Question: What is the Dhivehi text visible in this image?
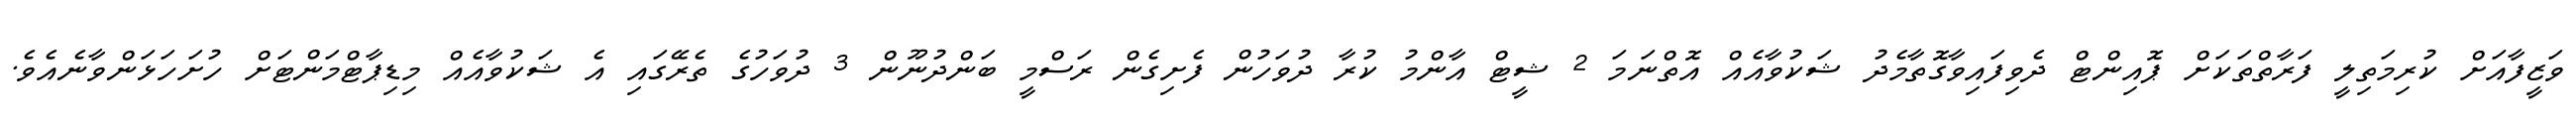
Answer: ވަޒީފާއަށް ކުރިމަތިލީ ފަރާތްތަކަށް ޕޮއިންޓް ދެވިފައިވާގޮތާމެދު ޝަކުވާއެއް އޮތްނަމަ 2 ޝީޓް އާންމު ކުރާ ދުވަހުން ފެށިގެން ރަސްމީ ބަންދުނޫން 3 ދުވަހުގެ ތެރޭގައި އެ ޝަކުވާއެއް މިޑިޕާޓްމަންޓަށް ހުށަހަޅަންވާނެއެވެ.